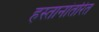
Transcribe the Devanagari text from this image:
हस्तानांतरित